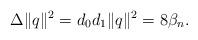
LaTeX: \begin{align*} \Delta \|q\|^2=d_0d_1\|q\|^2=8{\beta }_n. \end{align*}